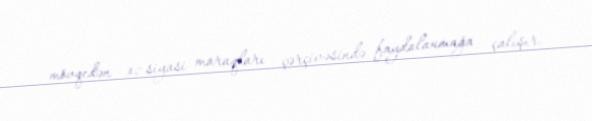
mövqedən öz siyasi maraqları çərçivəsində faydalanmağa çalışır.